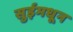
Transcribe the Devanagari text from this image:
सुईमधून